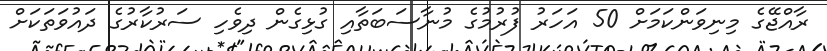
ރާއްޖޭގެ މިނިވަންކަމަށް 50 އަހަރު ފުރުމުގެ މުނާސަބަތާއި ގުޅިގެން ދިވެހި ސަރުކާރުގެ ދައުވަތަކަށް